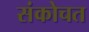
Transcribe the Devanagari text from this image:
संकोचत